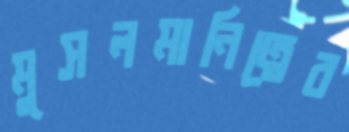
মুসলমানিত্বের